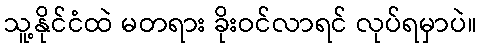
သူ့နိုင်ငံထဲ မတရား ခိုးဝင်လာရင် လုပ်ရမှာပဲ။